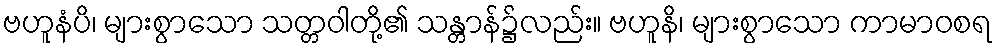
ဗဟူနံပိ၊ များစွာသော သတ္တဝါတို့၏ သန္တာန်၌လည်း။ ဗဟူနိ၊ များစွာသော ကာမာဝစရ